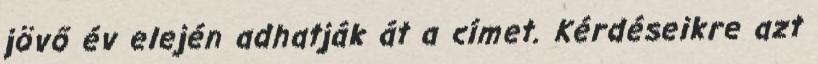
jövő év elején adhatják át a címet. Kérdéseikre azt